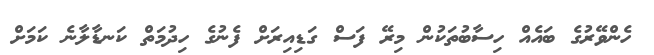
ހެންވޭރުގެ ބައެއް ހިސާބުތަކުން މިރޭ ފަސް ގަޑިއިރަށް ފެނުގެ ހިދުމަތް ކަނޑާލާނެ ކަމަށް